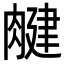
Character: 𦞘